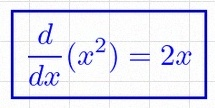
\frac{d}{dx}(x^2)=2x